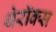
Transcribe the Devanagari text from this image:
थेरॉक्स